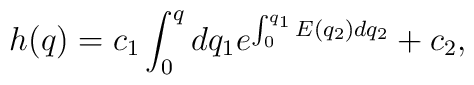
h(q)=c_1\int^q_0 dq_1 e^{\int^{q_1}_0 E(q_2)dq_2} +c_2,